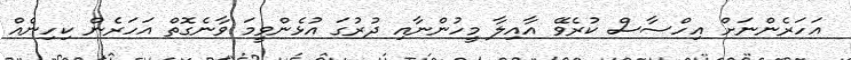
އަހަރެންނަށް އިހްސާސް ކުރެވޭ އާއިލާ މީހުންނާއި ދުރުގަ އުޅެންވީމަ ވާނެގޮތް އަހަރެން ކިހިނެއް